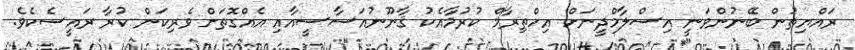
ރައްޔިތުން ބޭނުންވަނީ އިސްލާމްދީނަށް އިހްތިރާމް ކުރުމާއެކު ޤާނޫނުއަސާސީއާއި އެއްގޮތަށް ވެރިކަން ކުރާ ރައީސެކެވެ.